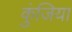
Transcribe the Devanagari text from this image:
कुंजिया